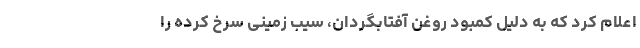
اعلام کرد که به دلیل کمبود روغن آفتابگردان، سیب زمینی سرخ کرده را